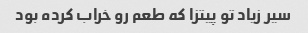
سیر زیاد تو پیتزا که طعم رو خراب کرده بود